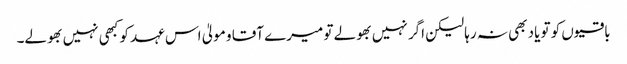
باقیوں کو تو یاد بھی نہ رہا لیکن اگر نہیں بھولے تو میرے آقا و مولیٰ اس عہد کو کبھی نہیں بھولے۔